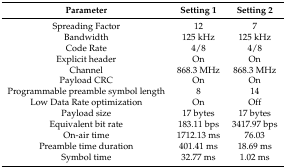
<table><thead><tr><td><b>Parameter</b></td><td><b>Setting 1</b></td><td><b>Setting 2</b></td></tr></thead><tbody><tr><td>Spreading Factor</td><td>12</td><td>7</td></tr><tr><td>Bandwidth</td><td>125 kHz</td><td>125 kHz</td></tr><tr><td>Code Rate</td><td>4/8</td><td>4/8</td></tr><tr><td>Explicit header</td><td>On</td><td>On</td></tr><tr><td>Channel</td><td>868.3 MHz</td><td>868.3 MHz</td></tr><tr><td>Payload CRC</td><td>On</td><td>On</td></tr><tr><td>Programmable preamble symbol length</td><td>8</td><td>14</td></tr><tr><td>Low Data Rate optimization</td><td>On</td><td>Off</td></tr><tr><td>Payload size</td><td>17 bytes</td><td>17 bytes</td></tr><tr><td>Equivalent bit rate</td><td>183.11 bps</td><td>3417.97 bps</td></tr><tr><td>On-air time</td><td>1712.13 ms</td><td>76.03</td></tr><tr><td>Preamble time duration</td><td>401.41 ms</td><td>18.69 ms</td></tr><tr><td>Symbol time</td><td>32.77 ms</td><td>1.02 ms</td></tr></tbody></table>